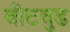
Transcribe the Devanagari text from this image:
वीटवुड